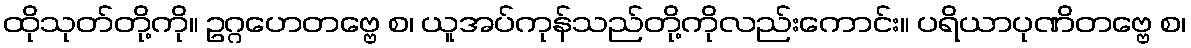
ထိုသုတ်တို့ကို။ ဥဂ္ဂဟေတဗ္ဗေ စ၊ ယူအပ်ကုန်သည်တို့ကိုလည်းကောင်း။ ပရိယာပုဏိတဗ္ဗေ စ၊